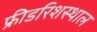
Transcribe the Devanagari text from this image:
फ्रीडरिशस्थाल